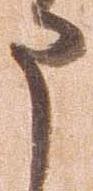
申